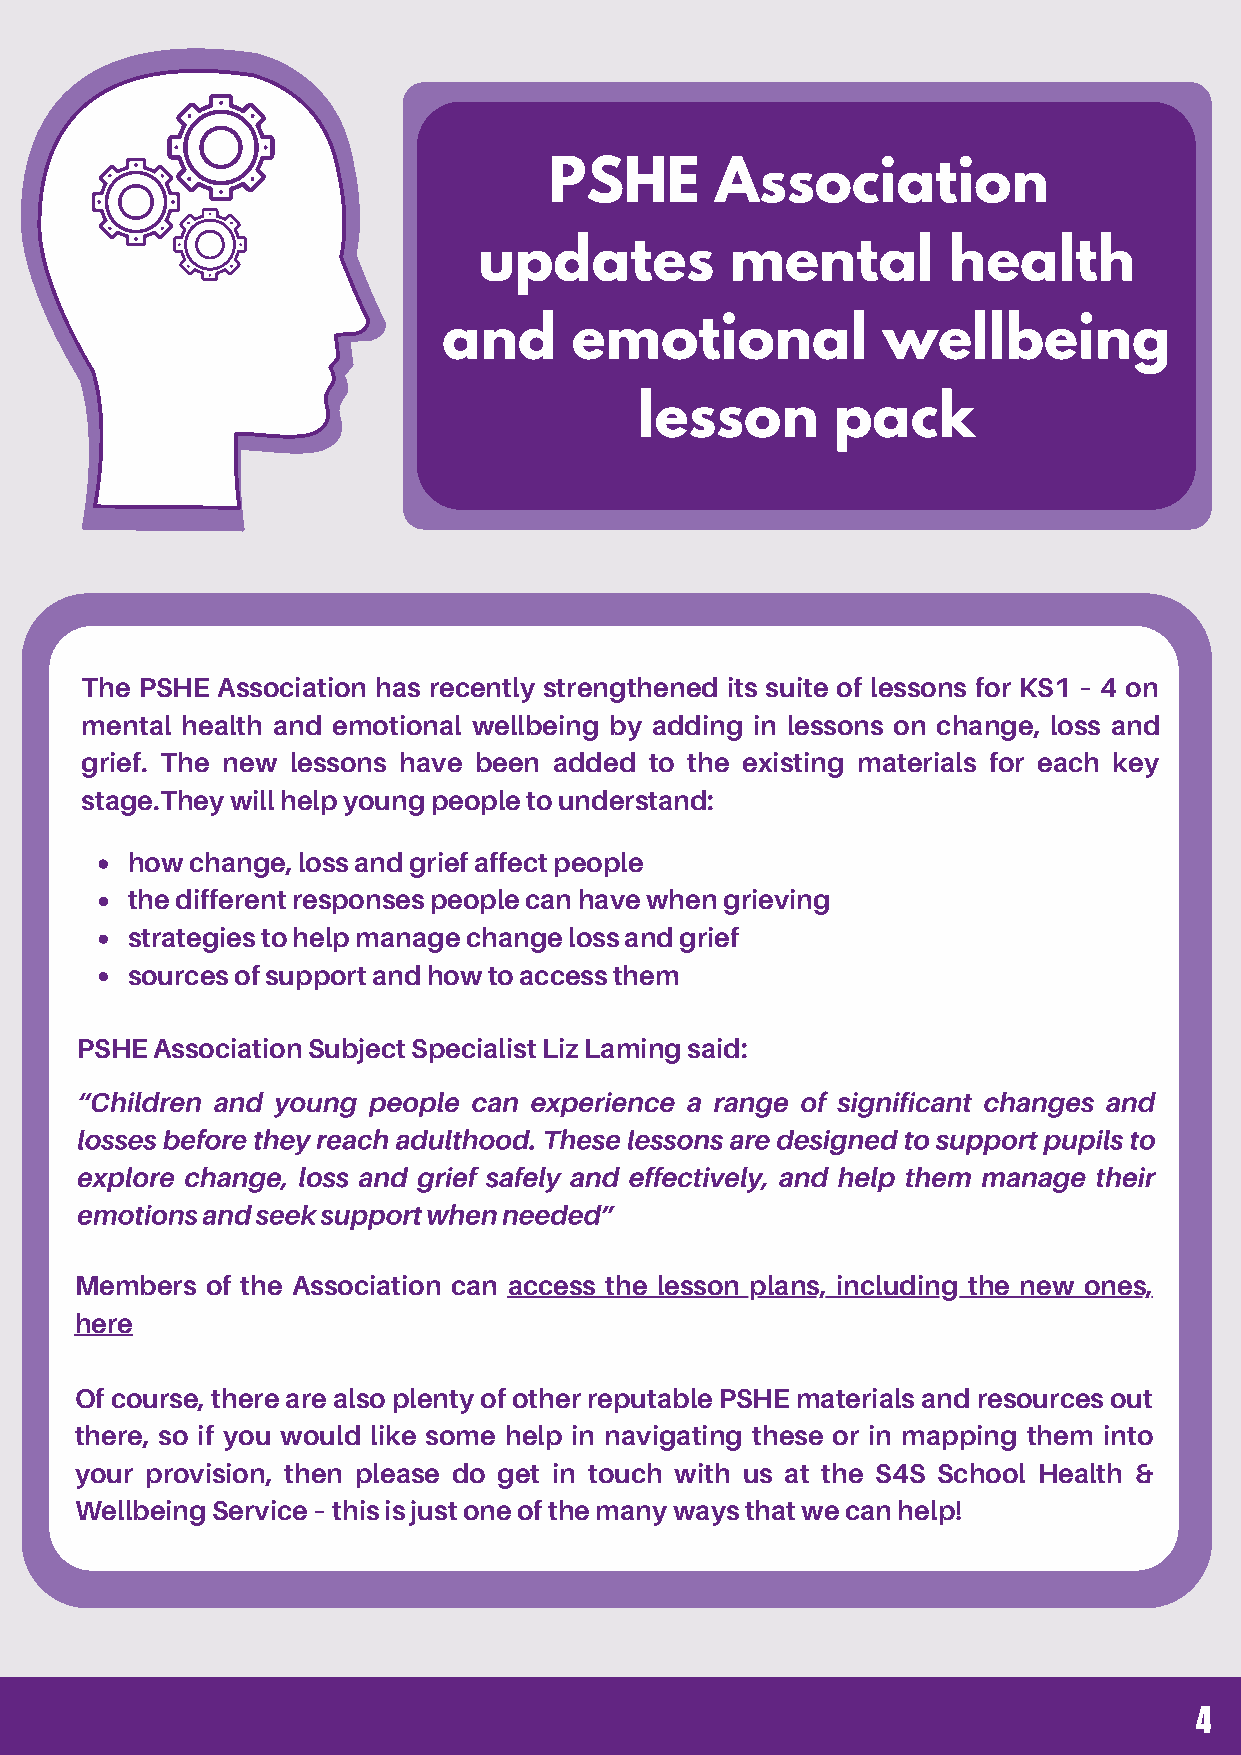
PSHE       Association
 updates         mental         health
 and      emotional           wellbeing
 lesson       pack
 The PSHE Association has recently strengthened its suite of lessons for KS1 – 4 on
 mental health and emotional wellbeing by adding in lessons on change, loss and
 grief. The new lessons have been added to the existing materials for each key
 stage.They will help young people to understand:
 how change, loss and grief affect people
 the different responses people can have when grieving
 strategies to help manage change loss and grief
 sources of support and how to access them
 PSHE Association Subject Specialist Liz Laming said:
 “Children and young people can experience a range of significant changes and
 losses before they reach adulthood. These lessons are designed to support pupils to
 explore change, loss and grief safely and effectively, and help them manage their
 emotions and seek support when needed”
 Members  of the Association can access the lesson plans, including the new ones,
 here
 Of course, there are also plenty of other reputable PSHE materials and resources out
 there, so if you would like some help in navigating these or in mapping them into
 your provision, then please do get in touch with us at the S4S School Health &
 Wellbeing Service – this is just one of the many ways that we can help!
 4